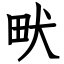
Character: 畎